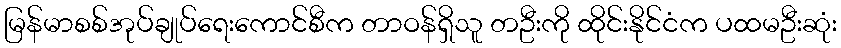
မြန်မာစစ်အုပ်ချုပ်ရေးကောင်စီက တာဝန်ရှိသူ တဦးကို ထိုင်းနိုင်ငံက ပထမဦးဆုံး